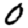
Digit: 0